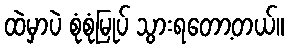
ထဲမှာပဲ စုံစုံမြုပ် သွားရတော့တယ်။